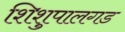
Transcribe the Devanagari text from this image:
शिशुपालगड